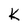
Character: k